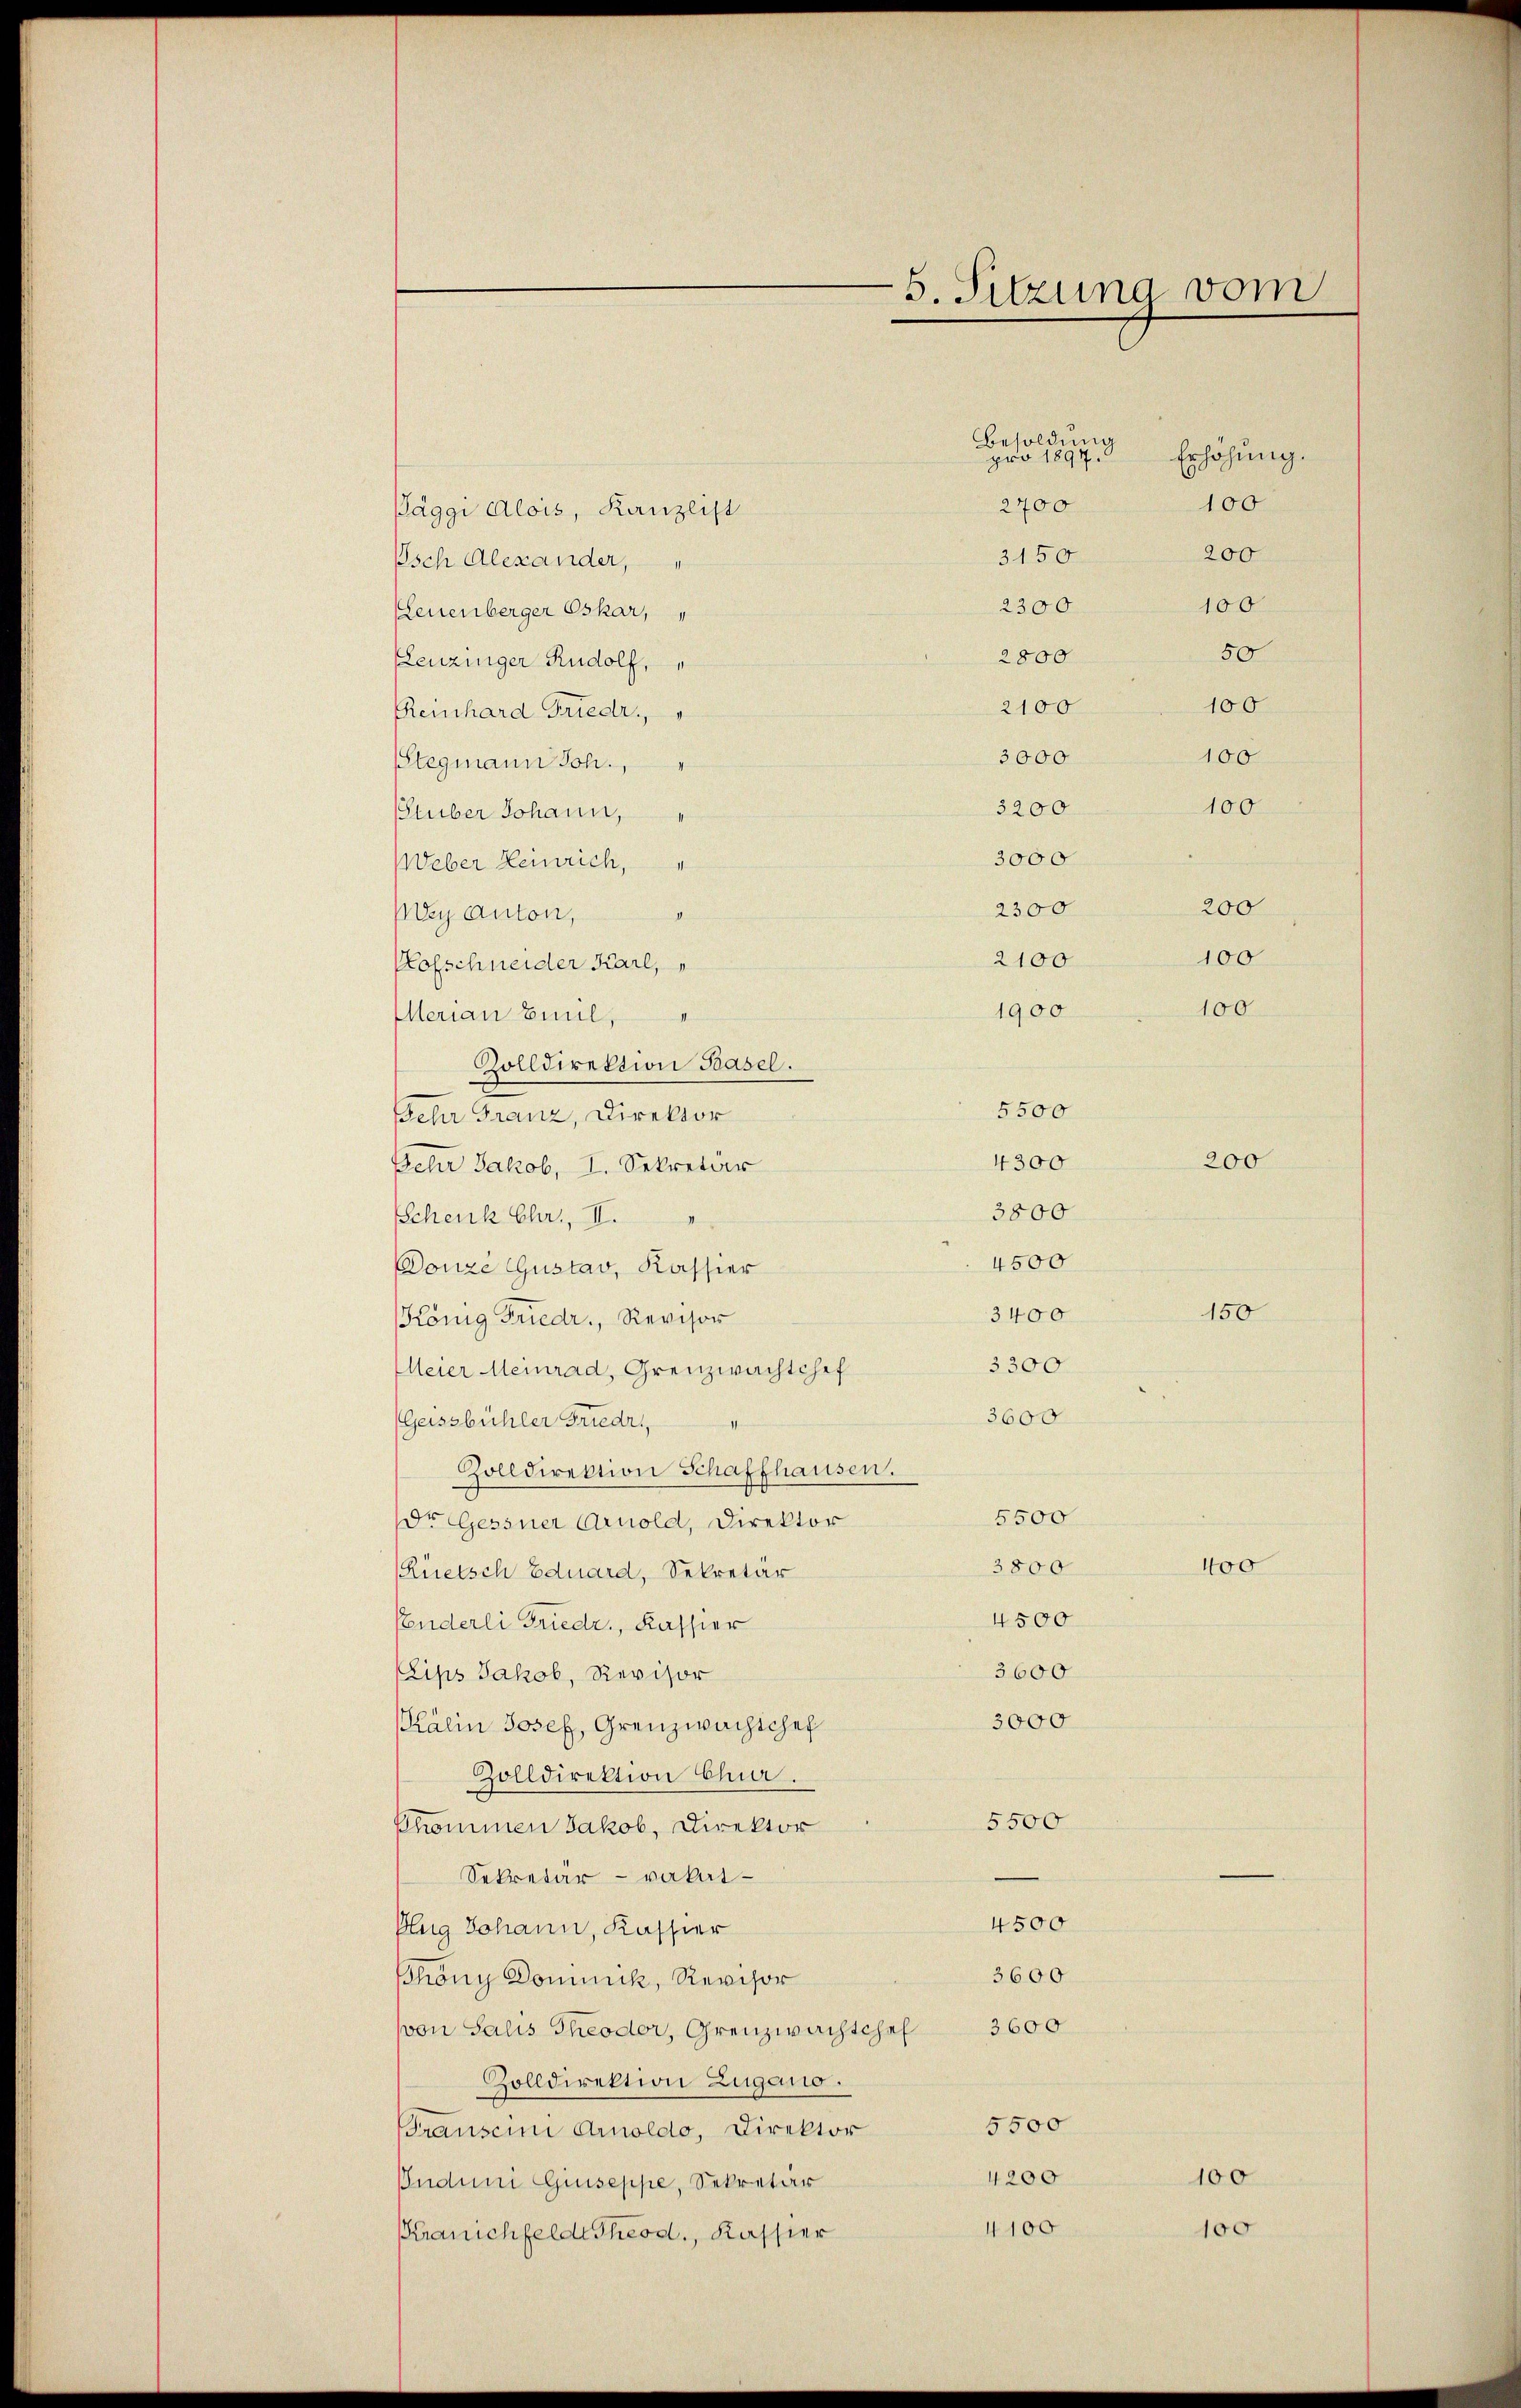
Besoldung
2700
Päggi Alois, Kanzlist
3150
Isch Alexander,
2300
Leuenberger Oskar,
2800
Leuzinger Rudolf,
2100
Reinhard Friedr.
3000
Stegmann Joh.
3200
Stuber Johann,
3000
Weber Heinrich,
2300
May anton,
2100
Hofschneider Karl,
1900
Merian Emil,
Volldirektion Basel.
5500
eher Franz, Direktor
4300
Fehr Jakob, I. Sekretär
3800
Schenk Chr. II.
4500
Donze Gustav, Kassier
3400
König Friedr., Revisor
3300
Meier Meinrad, Grenzwachtshof
3600
Geissbüchler Friedr.
Zolldirektion Schaffhausen.
5500
dr Gessner Arnold, Direktor
3800
Rüetsch Eduard, Sekretär
4500
Penderli Friedr., Kassier
3600
(Lips Jakob, Revisor
3000
Kälin Josef, Grenzwachtchef
Zolldirektion Chur.
5500
Phommen Jakob, Direktor
Sekretär - vakal¬
4500
Aug Johann, Kassier
3600
Phöny Dominck, Revisor
von Salis Theodor, Grenzwachtchef 3600
Zolldirektion Zugano.
5500
Transcini Arnoldo, Direktor
4200
Oudum Giuseppe, Sekretär
4100
Kranchfeldt Theod., Kassier

5. Sitzung vom

pro 1897.

Erhöhung.
100
200
100
50
100
100
100
200
100
100

200

150

400

100

100